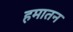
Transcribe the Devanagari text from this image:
हमातन